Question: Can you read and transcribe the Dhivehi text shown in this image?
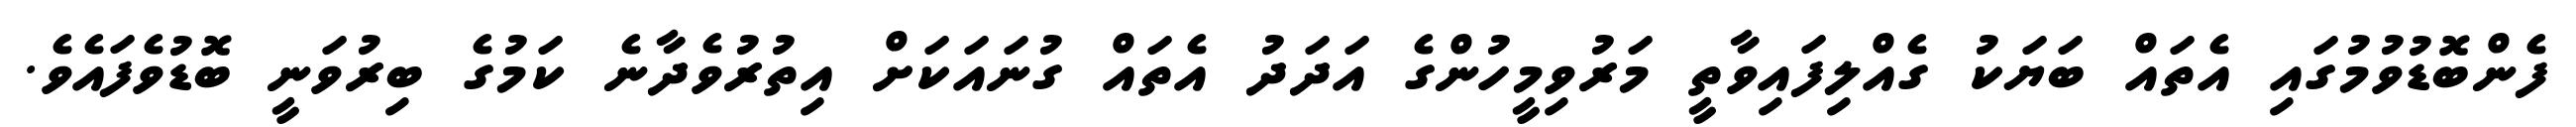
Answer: ފެންބޮޑުވުމުގައި އެތައް ބަޔަކު ގެއްލިފައިވާތީ މަރުވިމީހުންގެ އަދަދު އެތައް ގުނައަކަށް އިތުރުވެދާނެ ކަމުގެ ބިރުވަނީ ބޮޑުވެފައެވެ.